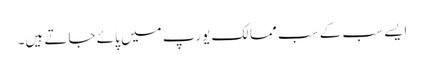
ایسے سب کے سب ممالک یورپ میں پائے جاتے ہیں۔